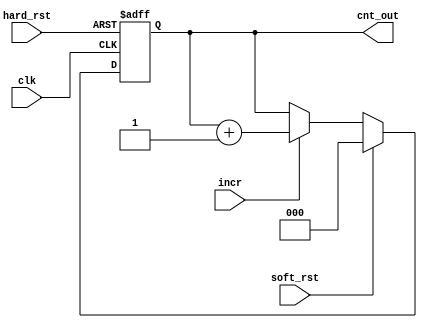
module manual_cntr #(parameter width =3)(input clk,
input hard_rst,
input soft_rst,
input incr,
output reg [width-1 :0] cnt_out
    );
	 
	 always @(posedge clk, posedge hard_rst) begin
		if(hard_rst)begin
			cnt_out <= 'd0;
		end
		else if(soft_rst)begin
			cnt_out <= 'd0;
		end
		else begin
			if(incr) begin
				cnt_out <= cnt_out +'d1 ;
			end
			else begin
				cnt_out <= cnt_out;
			end
		end
	 end

endmodule